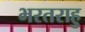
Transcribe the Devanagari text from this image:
भरतराहु